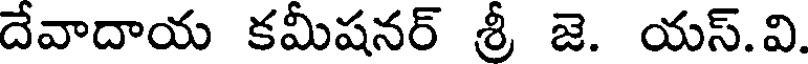
దేవాదాయ కమీషనర్ శ్రీ జె. యస్.వి.